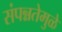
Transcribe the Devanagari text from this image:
संपन्नतेमुळे